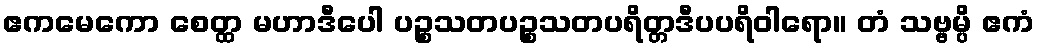
ဧကမေကော စေတ္ထ မဟာဒီပေါ ပဉ္စသတပဉ္စသတပရိတ္တဒီပပရိဝါရော။ တံ သဗ္ဗမ္ပိ ဧကံ